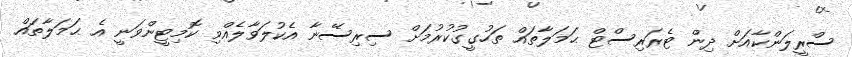
ސްރީލަންކާއަށް ދިން ޓެރަރިސްޓް ޙަމަލާތައް ތަހުގީގުކުރުމަށް ސިރިސޭނާ އެކުލަވާލެއްވި ކޮމިޓީންވަނީ އެ ޙަމަލާތައް